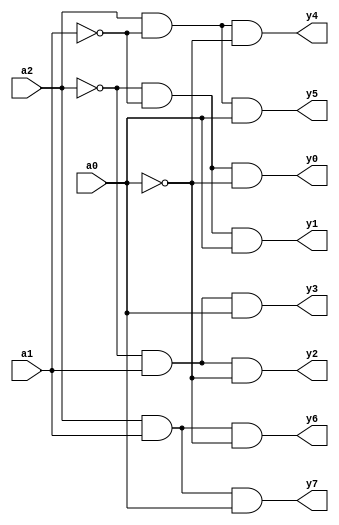
`timescale 1ns / 1ps
//////////////////////////////////////////////////////////////////////////////////
// Company: 
// Engineer: 
// 
// Design Name: 
// Module Name: test
// Project Name: 
// Target Devices: 
// Tool Versions: 
// Description: 
// 
// Dependencies: 
// 
// Revision:
// Revision 0.01 - File Created
// Additional Comments:
// 
//////////////////////////////////////////////////////////////////////////////////


module test(
input a2,a1,a0,
output reg y0,y1,y2,y3,y4,y5,y6,y7);
always@(*)
begin
y0=~a2&~a1&~a0;
y1=~a2&~a1&a0;
y2=~a2&a1&~a0;
y3=~a2&a1&a0;
y4=a2&~a1&~a0;
y5=a2&~a1&a0;
y6=a2&a1&~a0;
y7=a2&a1&a0;
end
endmodule